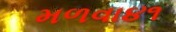
મળવા૪૧